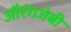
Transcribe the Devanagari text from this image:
औरंगजेबी